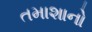
તમાશાનો